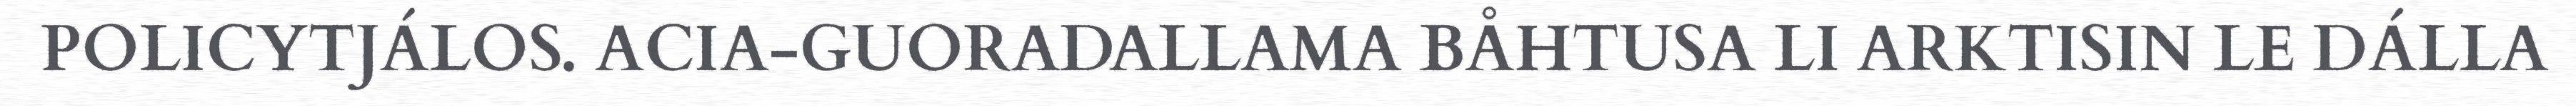
POLICYTJÁLOS. ACIA-GUORADALLAMA BÅHTUSA LI ARKTISIN LE DÁLLA